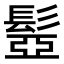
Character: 𩭯